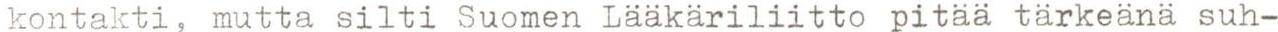
kontakti, mutta silti Suomen Lääkäriliitto pitää tärkeänä suh-